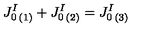
{ J _ { 0 } ^ { I } } _ { ( 1 ) } + { J _ { 0 } ^ { I } } _ { ( 2 ) } = { J _ { 0 } ^ { I } } _ { ( 3 ) }